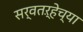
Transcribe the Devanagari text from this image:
सर्वतऱ्हेच्या